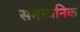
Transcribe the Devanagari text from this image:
समध्वनिक